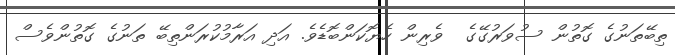
ތިބޭތަނުގެ ގޮތުން ސުވަރުގޭގެ  ވެރިން ހެޔޮކަންބޮޑެވެ. އަދި އަރާމުކުރަންތިބޭ ތަނުގެ ގޮތުންވެސް